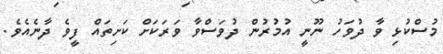
މުސްކުޅި ވާ ދުވަހު ނޫނީ އުމުރުން ދުވަސްވާ ވަރަކަށް ކަށިތައް ފީވެ ދާނެއެވެ.